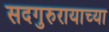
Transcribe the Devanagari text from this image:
सदगुरुरायाच्या